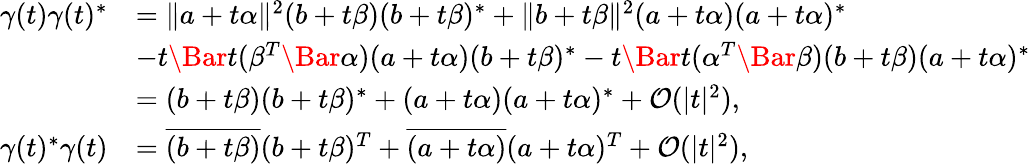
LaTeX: \begin{array}{rl}{\gamma(t)\gamma(t)^{\ast}}&{=\lVert a+t\alpha\rVert^{2}(b+t\beta)(b+t\beta)^{\ast}+\lVert b+t\beta\rVert^{2}(a+t\alpha)(a+t\alpha)^{\ast}}\\ &{-t\Bar t(\beta^{T}\Bar\alpha)(a+t\alpha)(b+t\beta)^{\ast}-t\Bar t(\alpha^{T}\Bar\beta)(b+t\beta)(a+t\alpha)^{\ast}}\\ &{=(b+t\beta)(b+t\beta)^{\ast}+(a+t\alpha)(a+t\alpha)^{\ast}+\mathcal{O}(|t|^{2}),}\\ {\gamma(t)^{\ast}\gamma(t)}&{=\overline{{(b+t\beta)}}(b+t\beta)^{T}+\overline{{(a+t\alpha)}}(a+t\alpha)^{T}+\mathcal{O}(|t|^{2}),}\end{array}